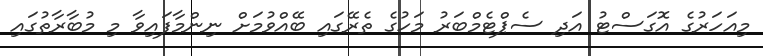
މިއަހަރުގެ އޮގަސްޓު އަދި ސެޕްޓެމްބަރު މަހުގެ ތެރޭގައި ބޭއްވުމަށް ނިންމާފައިވާ މި މުބާރާތުގައި